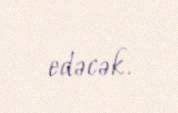
edəcək.